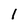
Character: 1